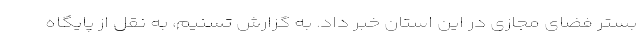
بستر فضای مجازی در این استان خبر داد. به گزارش تسنیم، به نقل از پایگاه